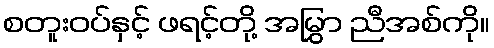
စတူးဝပ်နှင့် ဖရင့်တို့ အမြွှာ ညီအစ်ကို။